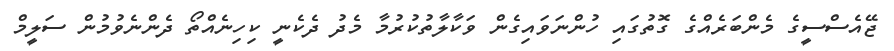
ޖޭއެސްސީގެ މެންބަރެއްގެ ގޮތުގައި ހުންނަވައިގެން ވަކާލާތުކުރުމާ މެދު ދެކެނީ ކިހިނެއްތޯ ދެންނެވުމުން ސަލީމް